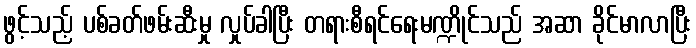
ဖွင့်သည့် ပစ်ခတ်ဖမ်းဆီးမှု လှုပ်ခါပြီး တရားစီရင်ရေးမဏ္ဍိုင်သည် အဆာ ခိုင်မာလာပြီး